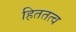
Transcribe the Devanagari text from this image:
हिततत्व